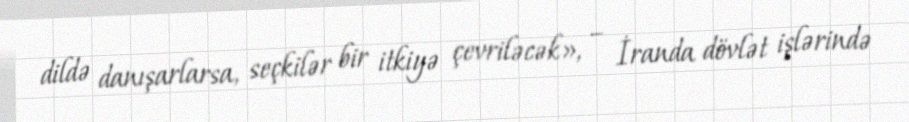
dildə danışarlarsa, seçkilər bir itkiyə çevriləcək», – İranda dövlət işlərində